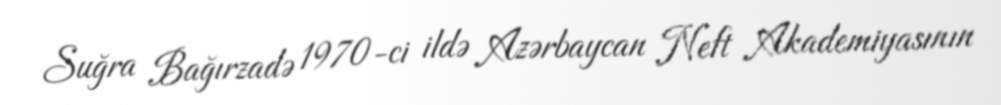
Suğra Bağırzadə 1970-ci ildə Azərbaycan Neft Akademiyasının